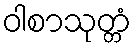
ဝါစာသုတ္တံ